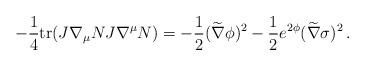
LaTeX: \begin{align*}-{1\over4}{\rm tr}(J\nabla_\mu N J\nabla^\mu N) = - {1\over2} (\widetilde\nabla\phi)^2 - {1\over2} e^{2\phi}(\widetilde\nabla\sigma)^2 \,.\end{align*}